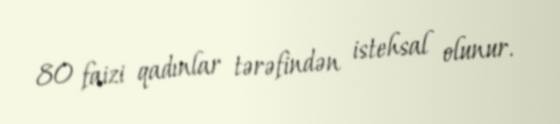
80 faizi qadınlar tərəfindən istehsal olunur.